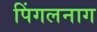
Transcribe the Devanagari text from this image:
पिंगलनाग